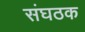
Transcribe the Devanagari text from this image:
संघठक